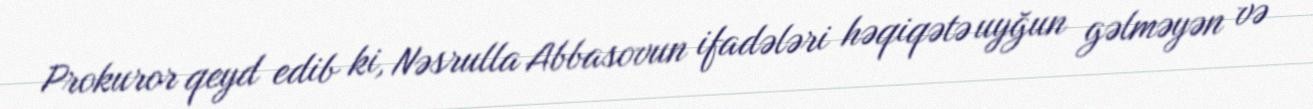
Prokuror qeyd edib ki, Nəsrulla Abbasovun ifadələri həqiqətə uyğun gəlməyən və